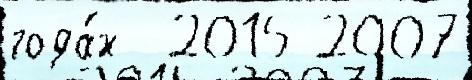
года́х  2015 2007